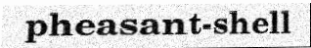
pheasant-shell